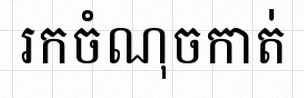
រកចំណុចកាត់